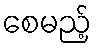
စေမည့်